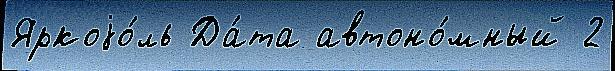
Яркоjо́ль Да́та автоно́мный 2